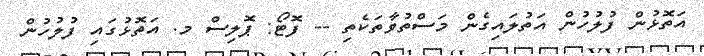
އަތޮޅުން ފުލުހުން އަތުލައިގެން މަސްތުވާތަކެތި -- ފޮޓޯ: ޕޮލިސް މ. އަތޮޅުގައި ފުލުހުން